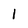
Character: I